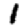
Digit: 1